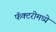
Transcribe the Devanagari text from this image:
फॅक्टरीमध्ये